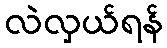
လဲလှယ်ရန်